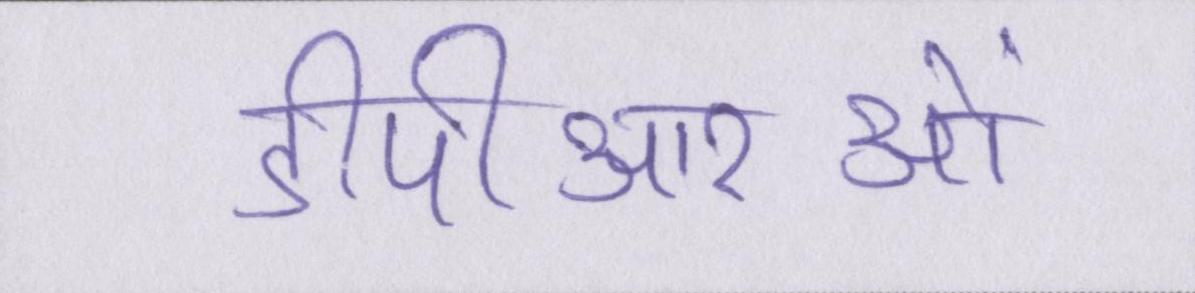
डीपीआरओं